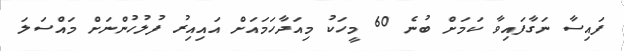
ފައިސާ ނަގާފައިވާ ކަމަށް ބުނެ 60 މީހަކު މިއަދާހަމައަށް އައިއިރު ފުލުހުންނަށް މައްސަލަ